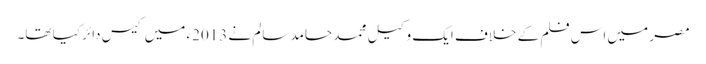
مصر میں اس فلم کے خلاف ایک وکیل محمد حامد سالم نے 2013ء میں کیس دائر کیا تھا۔